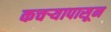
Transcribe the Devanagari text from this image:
कचर्‍यापासून